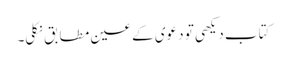
کتاب دیکھی تو دعوی کے عین مطابق نکلی۔